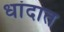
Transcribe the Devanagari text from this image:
धांदात